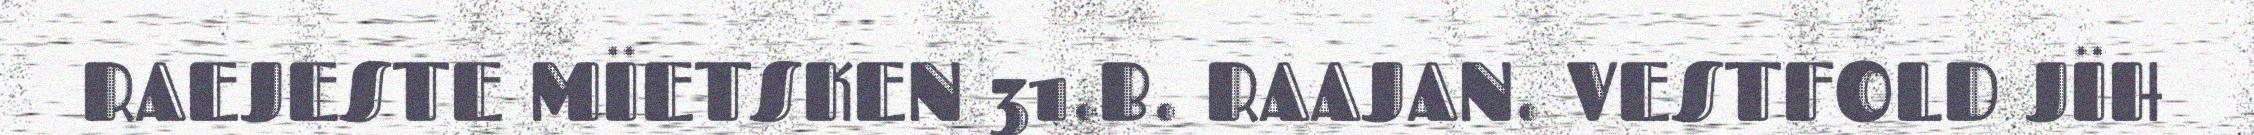
RAEJESTE MÏETSKEN 31.B. RAAJAN. VESTFOLD JÏH